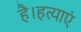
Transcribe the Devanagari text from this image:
है।हत्याएं